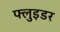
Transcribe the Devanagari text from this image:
फ्लुइडर